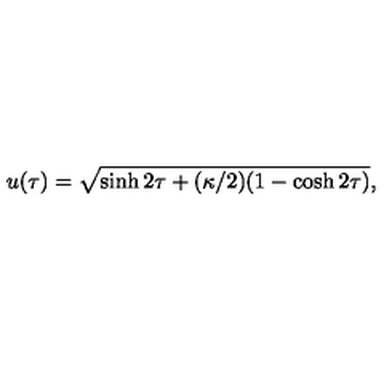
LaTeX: u ( \tau ) = \sqrt { \sinh { 2 \tau } + ( \kappa / 2 ) ( 1 - \cosh { 2 \tau } ) } ,